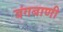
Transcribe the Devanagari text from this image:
बंगबाणी